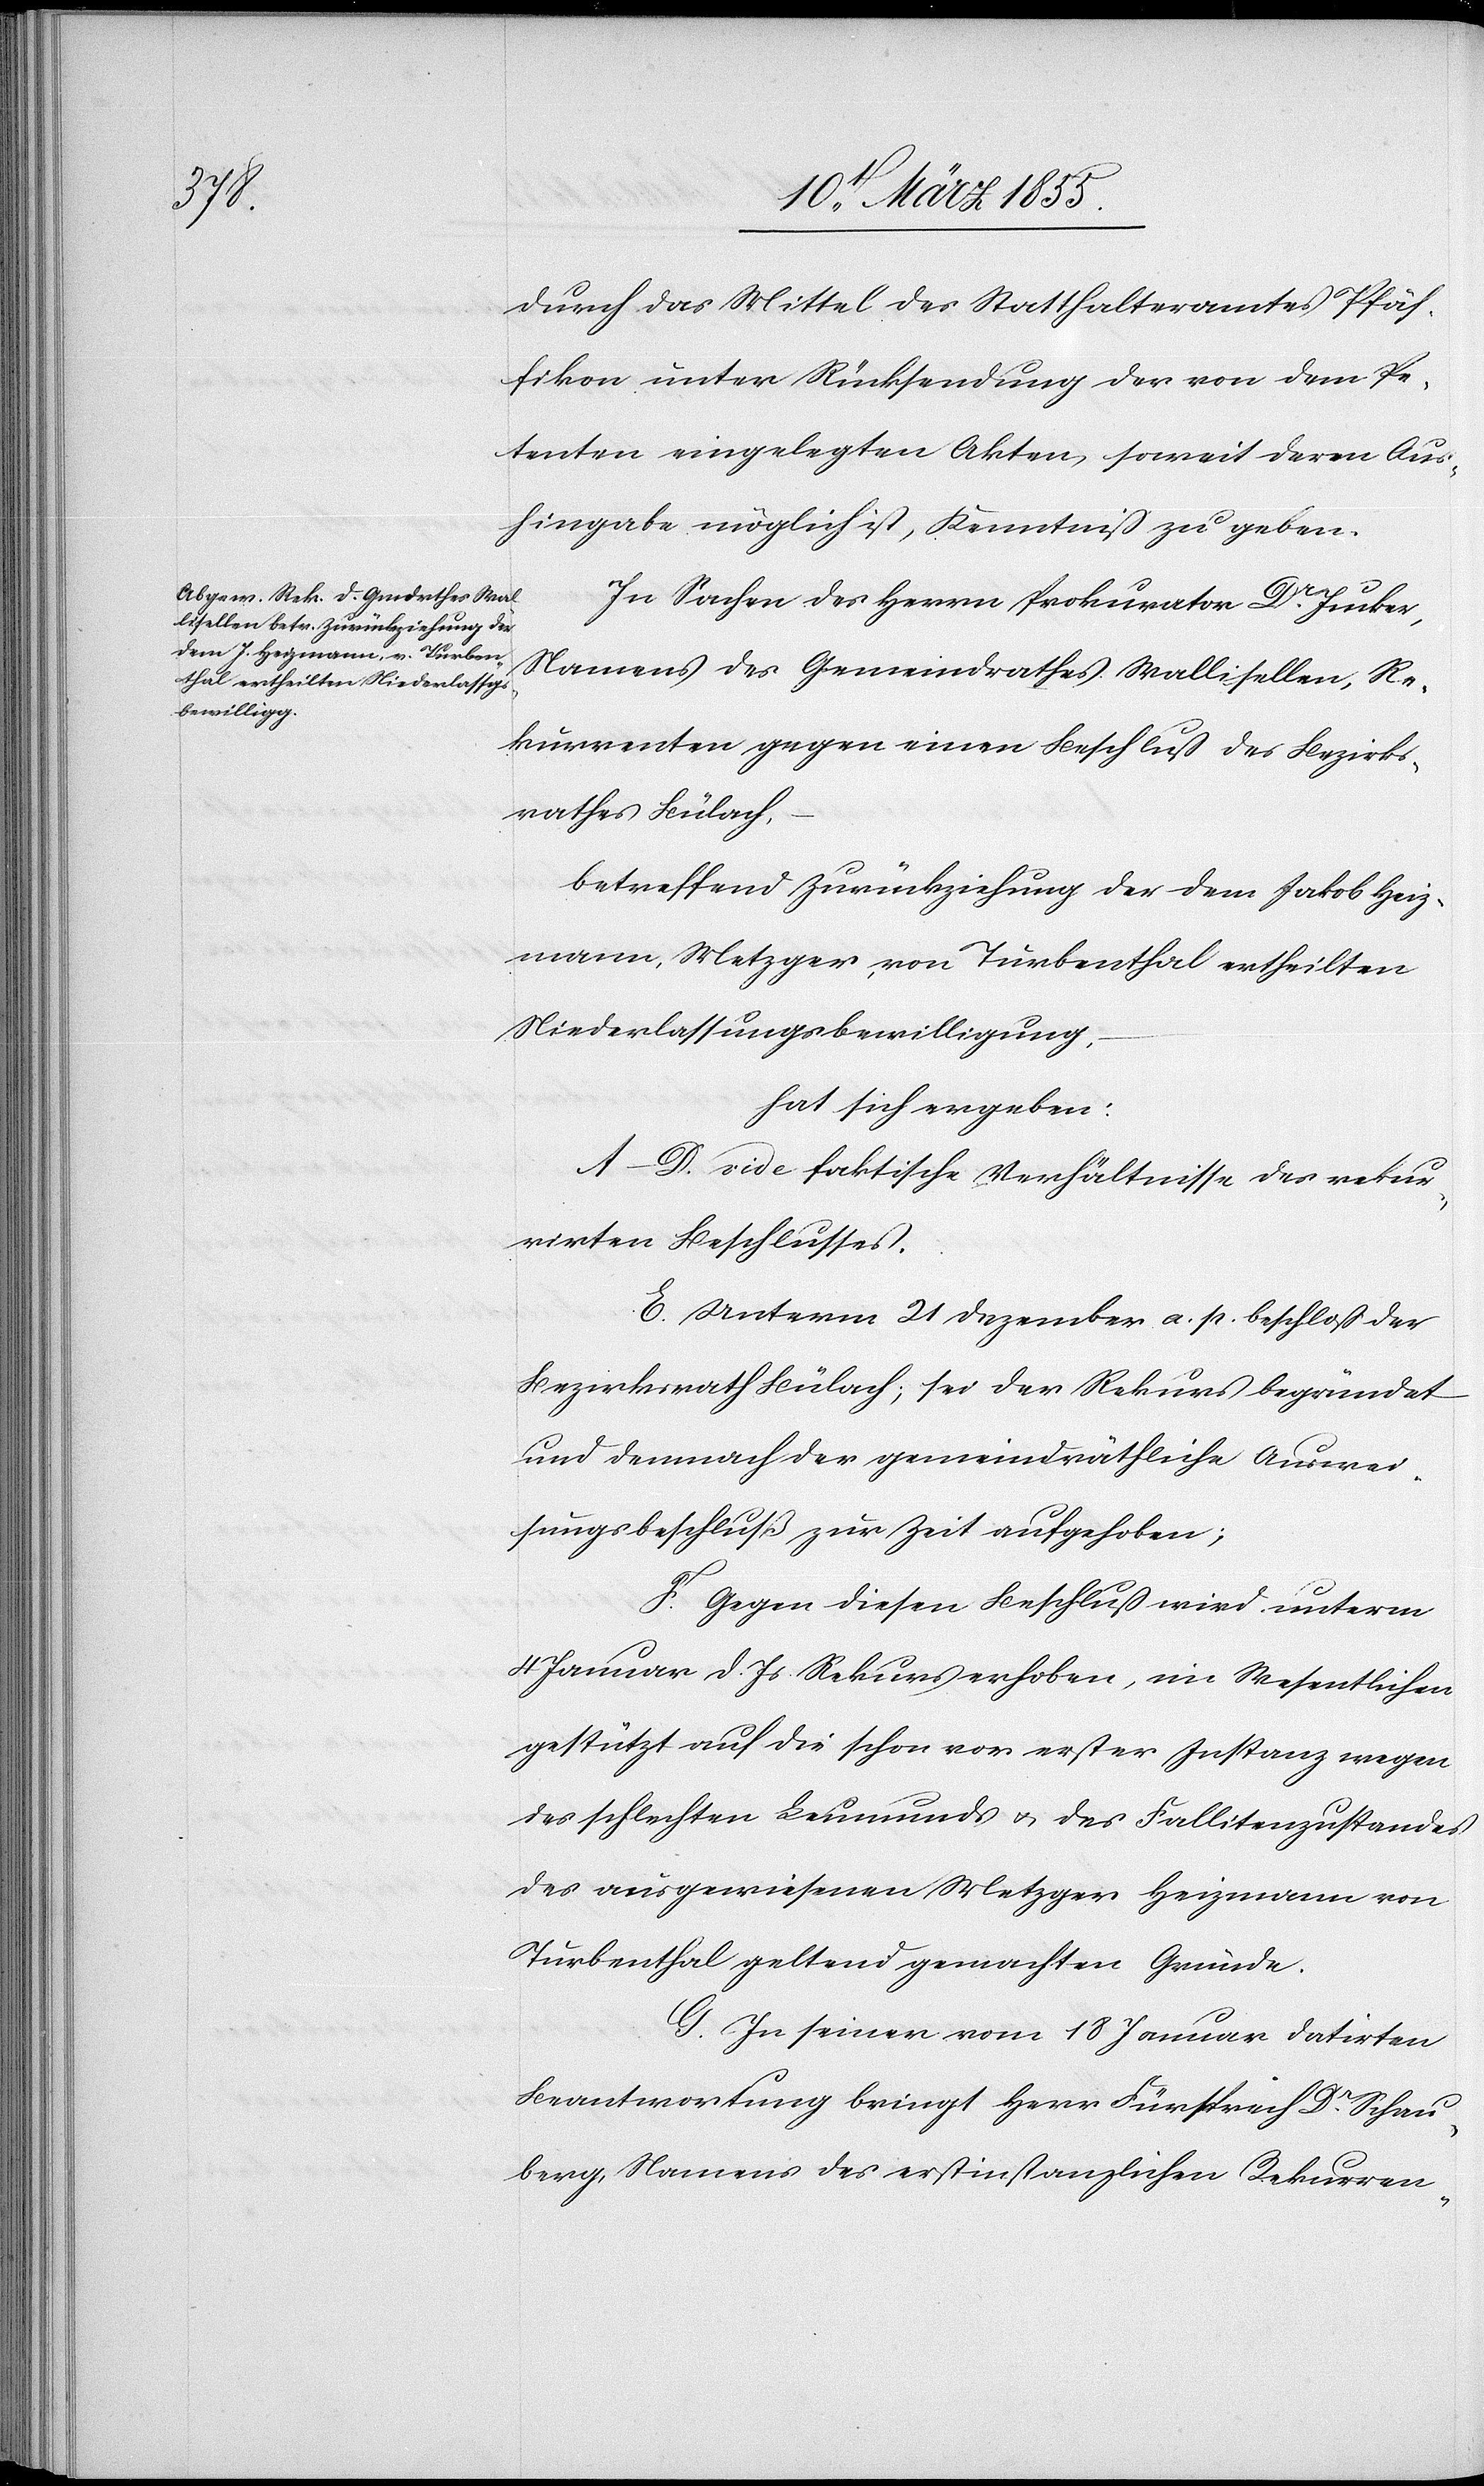
durch das Mittel des Statthalteramtes Pfäf¬
fikon unter Rücksendung der von dem Pe¬
tenten eingelegten Akten, soweit deren Aus¬
hingabe möglich ist, Kenntniß zu geben.
In Sachen des Herrn Prokurator Dr. Jucker,
Namens des Gemeindrathes Wallisellen, Re¬
kurrenten gegen einen Beschluß des Bezirks¬
rathes Bülach,
betreffend Zurückziehung der dem Jakob Heiz¬
mann, Metzger, von Turbenthal ertheilten
Niederlassungsbewilligung,
hat sich ergeben:
A–D. vide faktische Verhältnisse des rekur¬
rirten Beschlusses.
E. Unterm 21 Dezember a. p. beschloss der
Bezirksrath Bülach; sei der Rekurs begründet
und demnach der gemeindräthliche Auswei¬
sungsbeschluß zur Zeit aufgehoben;
F. Gegen diesen Beschluß wird unterm
4 Januar d. Js Rekurs erhoben, im Wesentlichen
gestützt auf die schon vor erster Instanz wegen
des schlechten Leumunds & des Fallitenzustandes
des ausgewiesenen Metzger Heizmann von
Turbenthal geltend gemachten Gründe.
G. In seiner vom 18 Januar datirten
Beantwortung bringt Herr Fürsprech Dr. Schau¬
berg, Namens des erstinstanzlichen Rekurren-